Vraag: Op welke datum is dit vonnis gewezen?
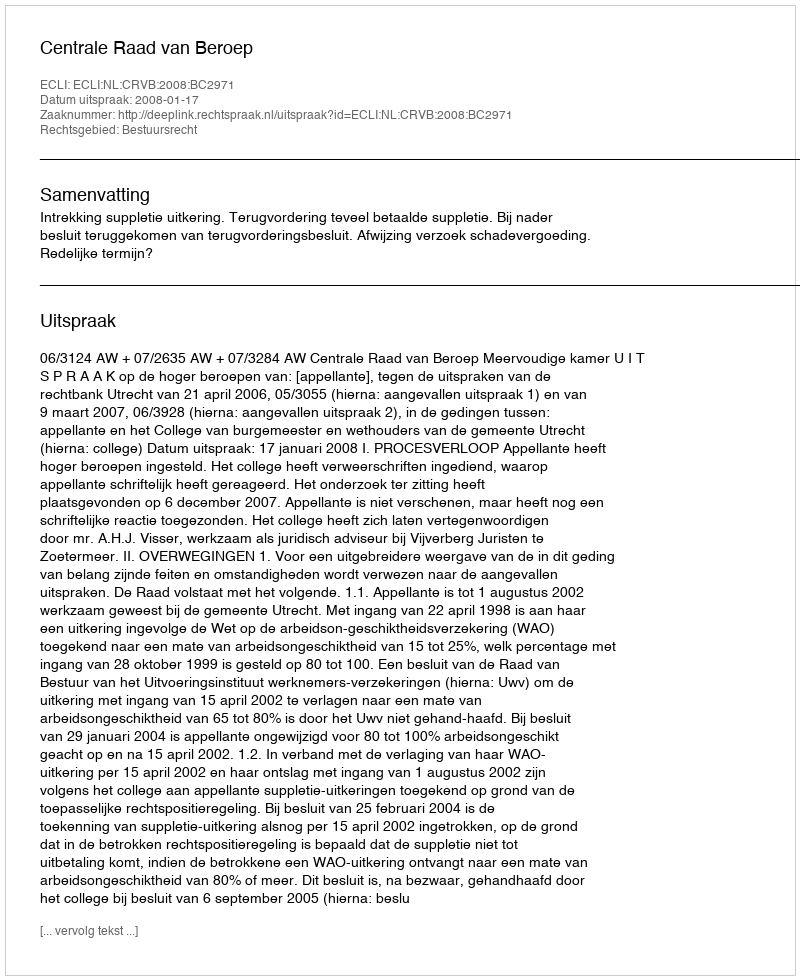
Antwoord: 2008-01-17